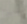
نبدا